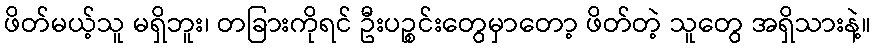
ဖိတ်မယ့်သူ မရှိဘူး၊ တခြားကိုရင် ဦးပဉ္စင်းတွေမှာတော့ ဖိတ်တဲ့ သူတွေ အရှိသားနဲ့။